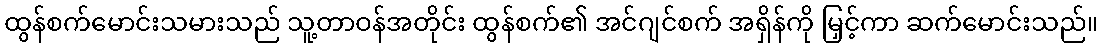
ထွန်စက်မောင်းသမားသည် သူ့တာဝန်အတိုင်း ထွန်စက်၏ အင်ဂျင်စက် အရှိန်ကို မြှင့်ကာ ဆက်မောင်းသည်။